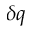
\delta q